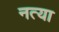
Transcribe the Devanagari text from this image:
नत्या